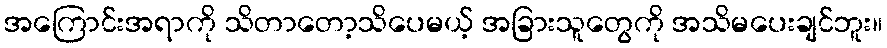
အကြောင်းအရာကို သိတာတော့သိပေမယ့် အခြားသူတွေကို အသိမပေးချင်ဘူး။